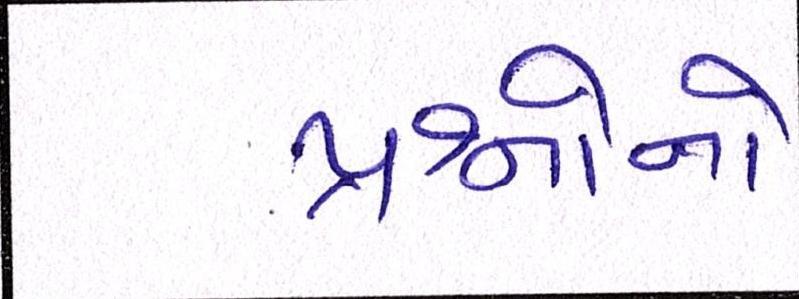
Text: પ્રશ્નોનો